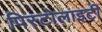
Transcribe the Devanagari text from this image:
पिस्टोलाइटी